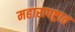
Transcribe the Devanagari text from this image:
महारापष्ट्रात